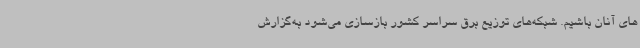
های آنان باشیم. شبکه‌های توزیع برق سراسر کشور بازسازی می‌شود به‌گزارش